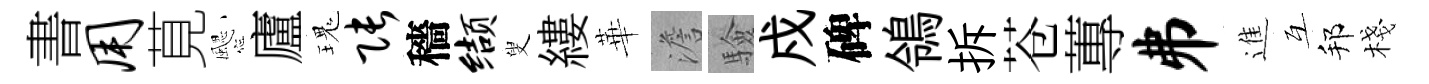
書用莧颸廬瑰张穡缬叟縷華澹驗戍碑鴒拆苍蓴井進互邦棧